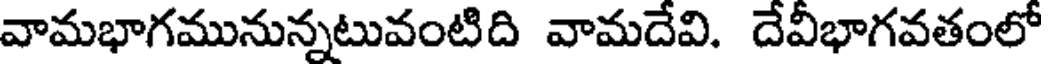
వామభాగమునున్నటువంటిది వామదేవి. దేవీభాగవతంలో